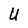
Character: U